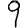
Digit: 9